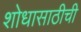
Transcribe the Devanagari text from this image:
शोधासाठीची